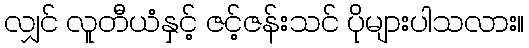
လျှင် လူတီယံနှင့် ဇင့်ဇန်းသင် ပိုများပါသလား။